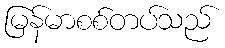
မြန်မာစစ်တပ်သည်